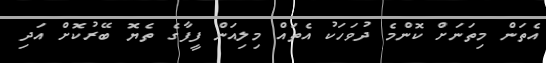
އެތަން މިތަނަށް ކޮންމެ ދުވަހަކު އެތައް މިލިއަން ފީފާގެ ތެޔޮ ބޭރުކޮށް އަދި